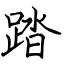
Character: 踏